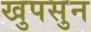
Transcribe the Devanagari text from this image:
खुपसुन